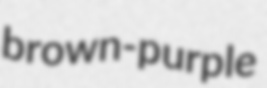
brown-purple